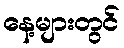
နေ့များတွင်